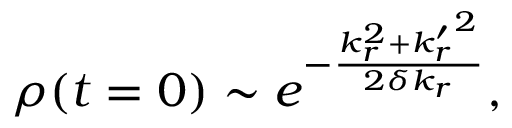
\rho ( t = 0 ) \sim e ^ { - \frac { k _ { r } ^ { 2 } + { k _ { r } ^ { \prime } } ^ { 2 } } { 2 \delta k _ { r } } } ,